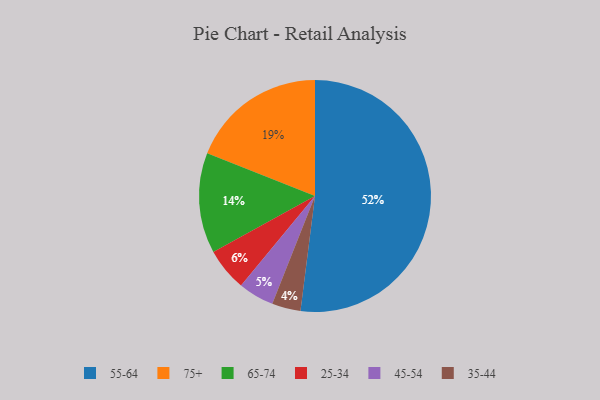
{"axis": {"x": "Category", "y": "Percentage"}, "legend": ["25-34", "35-44", "45-54", "55-64", "65-74", "75+"], "data": [{"x": "55-64", "y": 52, "type": "55-64"}, {"x": "35-44", "y": 4, "type": "35-44"}, {"x": "75+", "y": 19, "type": "75+"}, {"x": "65-74", "y": 14, "type": "65-74"}, {"x": "25-34", "y": 6, "type": "25-34"}, {"x": "45-54", "y": 5, "type": "45-54"}]}